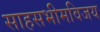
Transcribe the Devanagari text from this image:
साहसभीमविजय